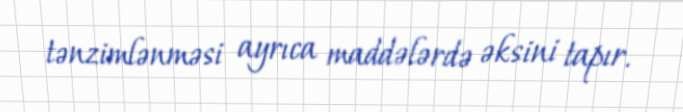
tənzimlənməsi ayrıca maddələrdə əksini tapır.